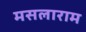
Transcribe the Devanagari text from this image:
मसलाराम